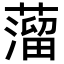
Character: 𦽾